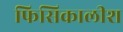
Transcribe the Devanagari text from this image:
फिसिकालीश